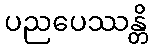
ပညပေဿန္တိ